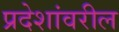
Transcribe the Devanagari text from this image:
प्रदेशांवरील